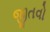
જીતવો